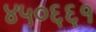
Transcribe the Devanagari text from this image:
४५०६६१